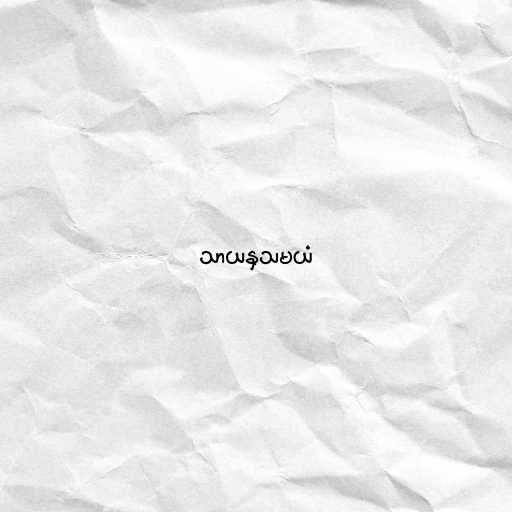
သာယနှသမယံ